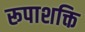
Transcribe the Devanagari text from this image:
रूपाशक्ति